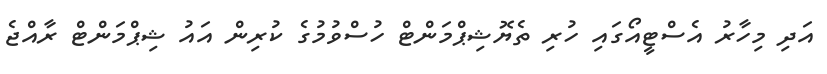
އަދި މިހާރު އެސްޓީއޯގައި ހުރި ތެޔޮޝިޕްމަންޓް ހުސްވުމުގެ ކުރިން އައު ޝިޕްމަންޓް ރާއްޖެ